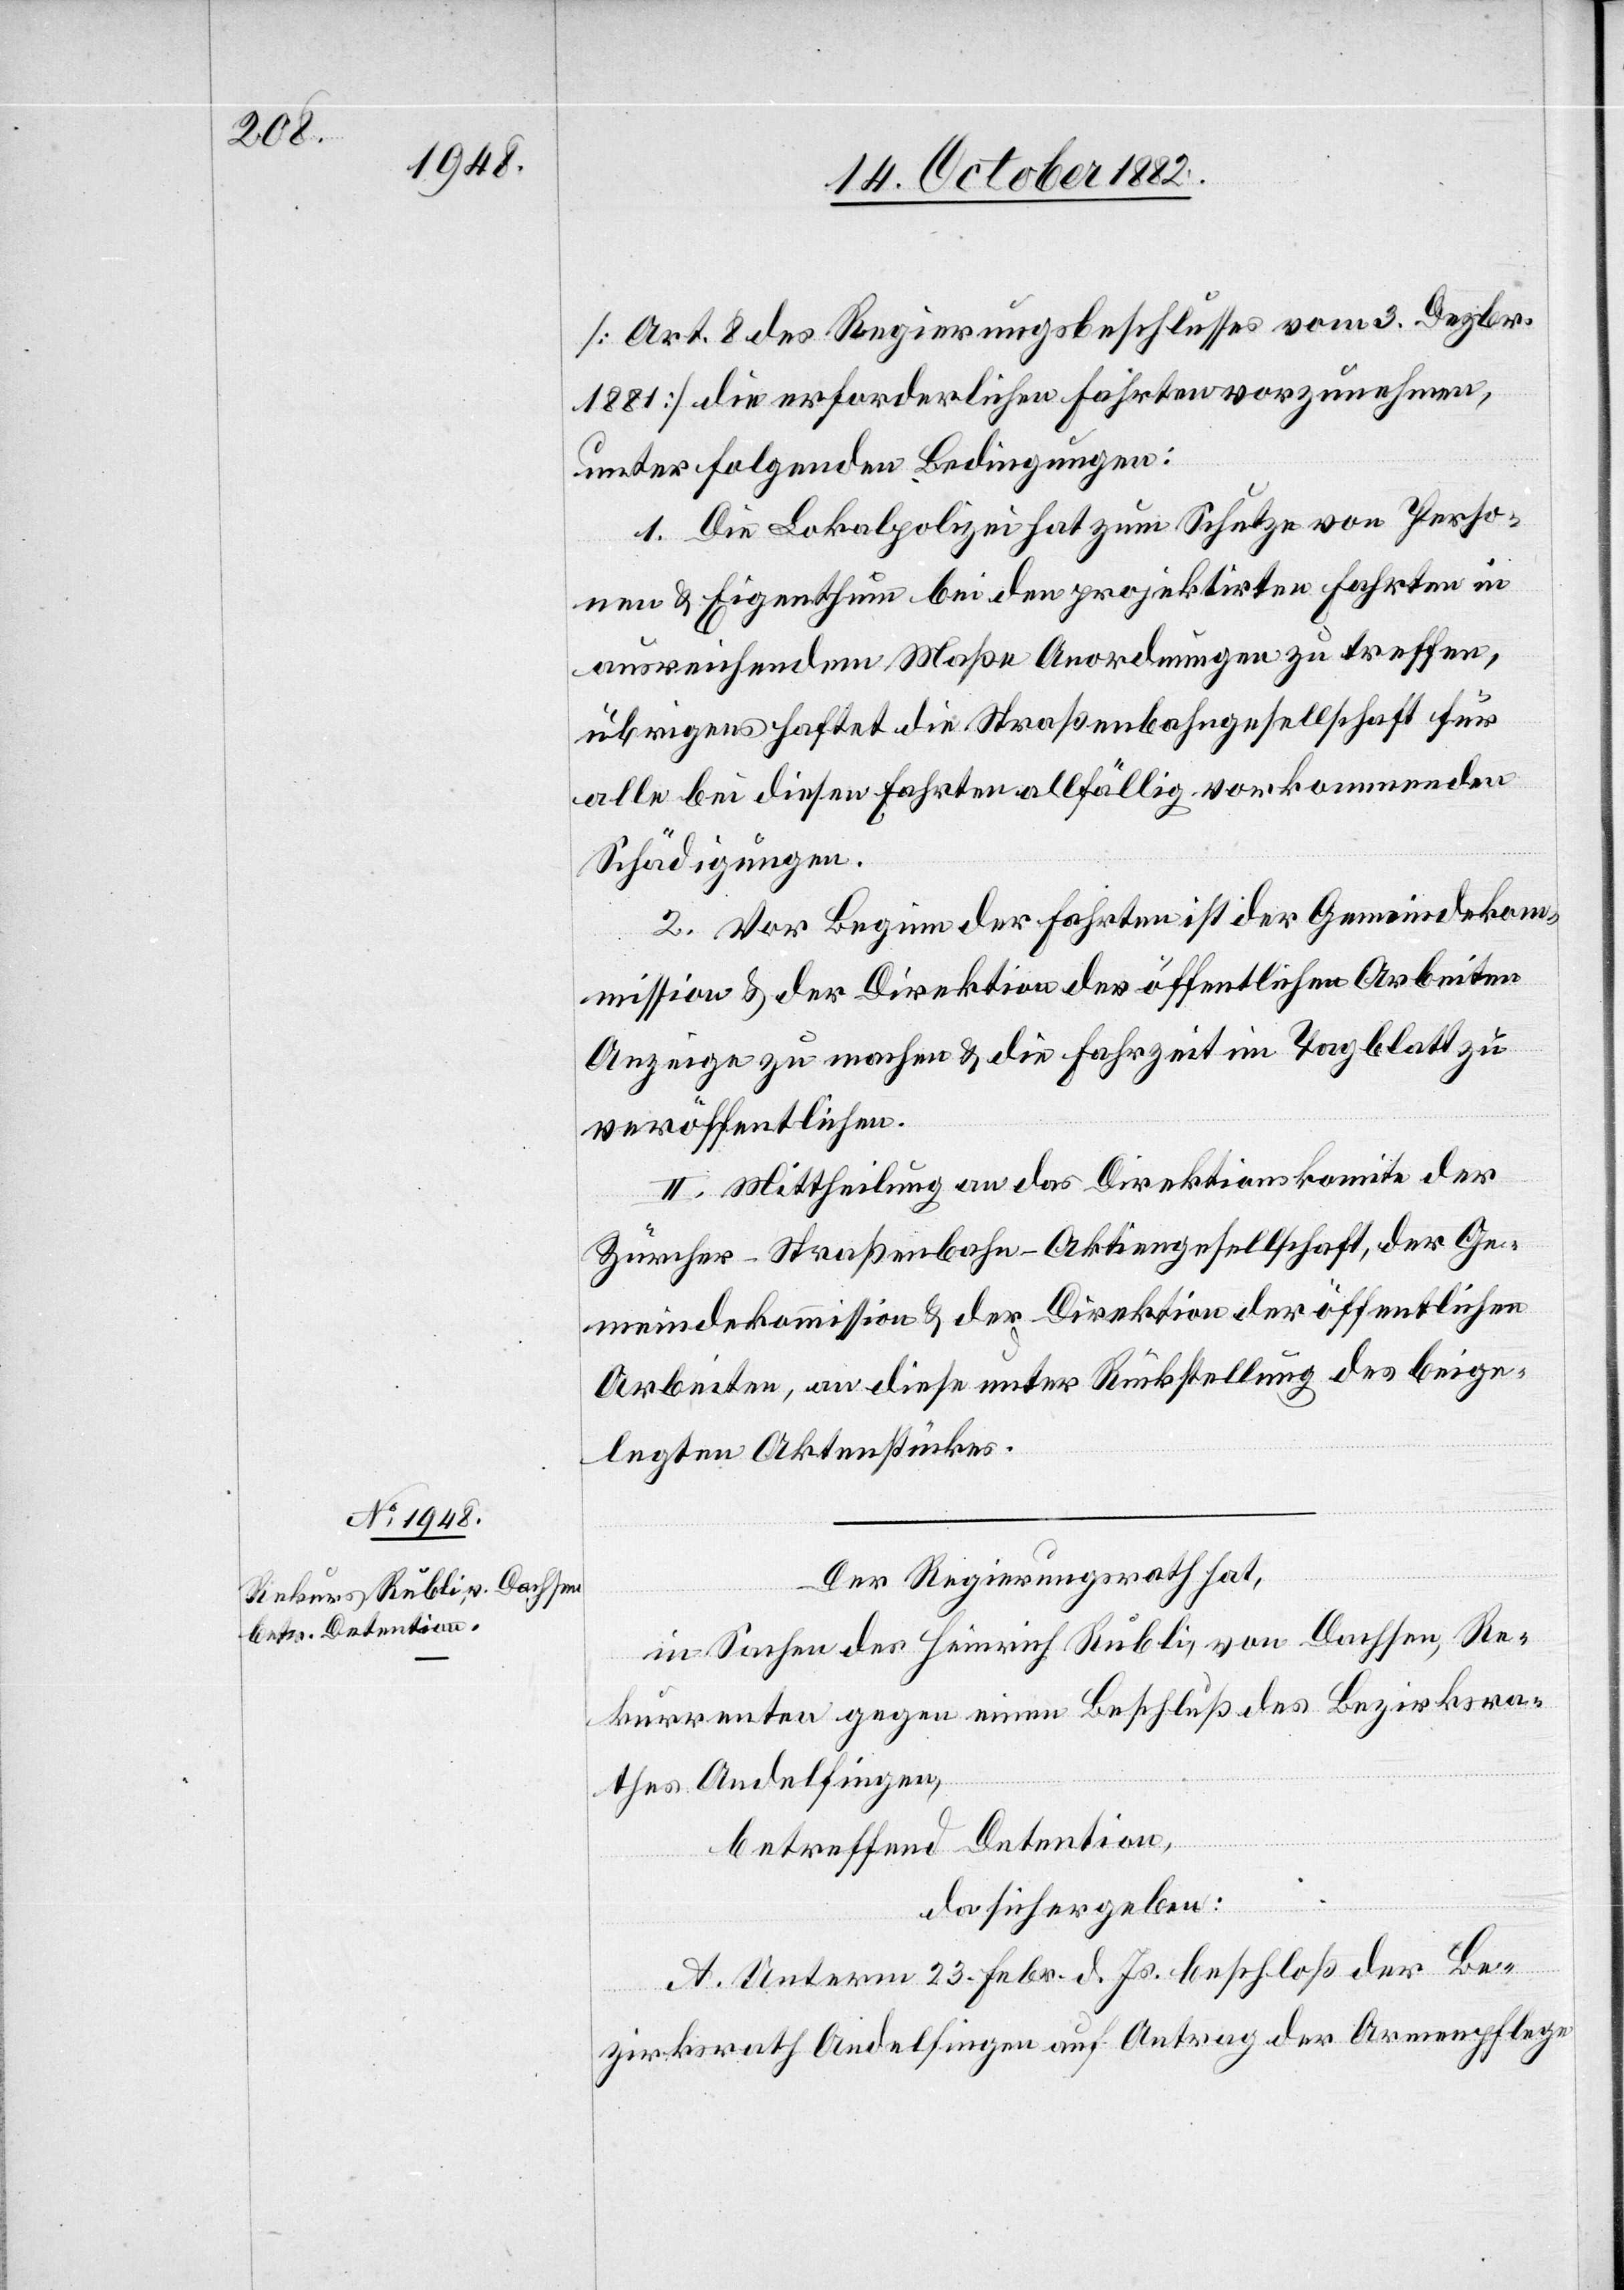
[Art. 8 des Regierungsbeschlusses vom 3. Dezbr.
1881] die erforderlichen Fahrten vorzunehmen,
unter folgenden Bedingungen:
1. Die Lokalpolizei hat zum Schutze von Perso¬
nen & Eigenthum bei den projektirten Fahrten in
ausrechnendem Maße Anordnungen zu treffen,
übrigens haftet die Straßenbahngesellschaft für
alle bei diesen Fahrten allfällig vorkommenden
Schädigungen.
2. Vor Beginn der Fahrten ist der Gemeindekom¬
mission & der Direktion der öffentlichen Arbeiten
Anzeige zu machen & die Fahrzeit im Tagblatt zu
veröffentlichen.
II. Mittheilung an das Direktionskomite der
Zürcher-Straßenbahn-Aktiengesellschaft, der Ge¬
meindekommission & der Direktion der öffentlichen
Arbeiten, an diese unter Rückstellung des beige¬
legten Aktenstückes.
Der Regierungsrath hat,
in Sachen des Heinrich Rubli, von Dachsen, Re¬
kurrenten gegen einen Beschluß des Bezirksra¬
thes Andelfingen,
betreffend Detention,
da sich ergeben:
A. Unterm 23. Febr. d. Js. beschloß der Be¬
zirksrath Andelfingen auf Antrag der Armenpflege